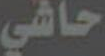
حاشي